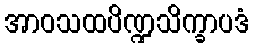
အာဝသထပိဏ္ဍသိက္ခာပဒံ